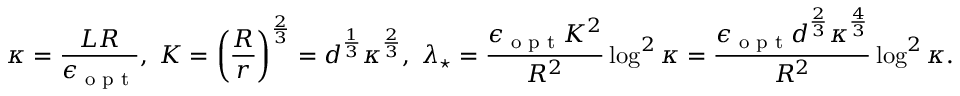
\kappa = \frac { L R } { \epsilon _ { \textup { o p t } } } , \; K = \left( \frac R r \right) ^ { \frac 2 3 } = d ^ { \frac 1 3 } \kappa ^ { \frac 2 3 } , \; \lambda _ { \star } = \frac { \epsilon _ { \textup { o p t } } K ^ { 2 } } { R ^ { 2 } } \log ^ { 2 } \kappa = \frac { \epsilon _ { \textup { o p t } } d ^ { \frac 2 3 } \kappa ^ { \frac 4 3 } } { R ^ { 2 } } \log ^ { 2 } \kappa .